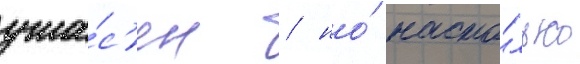
ужа́с'ен / но́ насто́лько